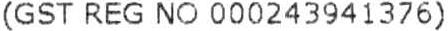
(GST REG NO 000243941376)